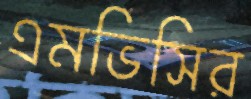
এমভিসির